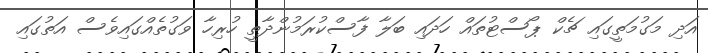
އަދި މަގުމަތީގައި ޗެކް ޕޯސްޓުތައް ހަދައި ބަލާ ފާސްކުރަމުންދާތީ ހުރިހާ ވަގުތެއްގައިވެސް އަތުގައި